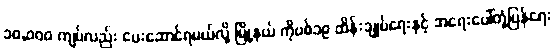
၁၀,၀၀၀ ကျပ်လည်း ပေးဆောင်ရမယ်လို့ မြို့နယ် ကိုဗစ်၁၉ ထိန်းချုပ်ရေးနှင့် အရေးပေါ်တုံ့ပြန်ရေး